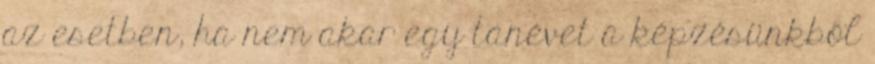
az esetben, ha nem akar egy tanévet a képzésünkből